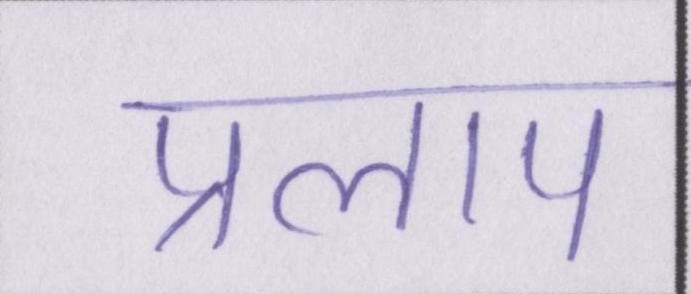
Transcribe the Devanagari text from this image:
प्रलाप